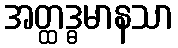
အတ္ထဒ္ဓမာနသာ